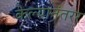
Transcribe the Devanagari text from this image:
केल्यानंतरर